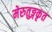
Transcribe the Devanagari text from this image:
मेरुतुङ्गकृत